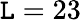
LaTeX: \mathtt{L}=23